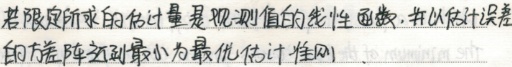
若限定所求的估计量是观测值的线性函数，并以估计误差的方差阵达到最小为最优估计准则